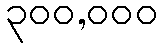
၃၀၀,၀၀၀